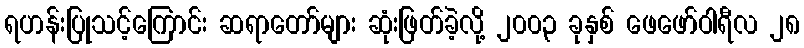
ရဟန်းပြုသင့်ကြောင်း ဆရာတော်များ ဆုံးဖြတ်ခဲ့လို့ ၂၀၀၃ ခုနှစ် ဖေဖော်ဝါရီလ ၂၈